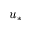
u _ { * }